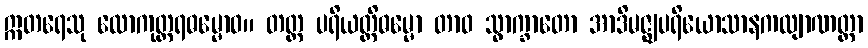
ဣတရေသု လောကုတ္တရဓမ္မောဝ။ တတ္ထ ပရိယတ္တိဓမ္မော တာဝ သွာက္ခာတော အာဒိမဇ္ဈပရိယောသာနကလျာဏတ္တာ